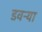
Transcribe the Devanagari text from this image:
डवऱ्या